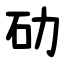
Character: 劯